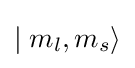
\mid m_{l},m_{s}\rangle